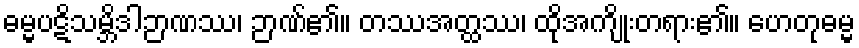
ဓမ္မပဋိသမ္ဘိဒါဉာဏဿ၊ ဉာဏ်၏။ တဿအတ္ထဿ၊ ထိုအကျိုးတရား၏။ ဟေတုဓမ္မ